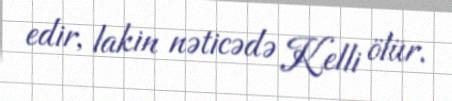
edir, lakin nəticədə Kelli ölür.